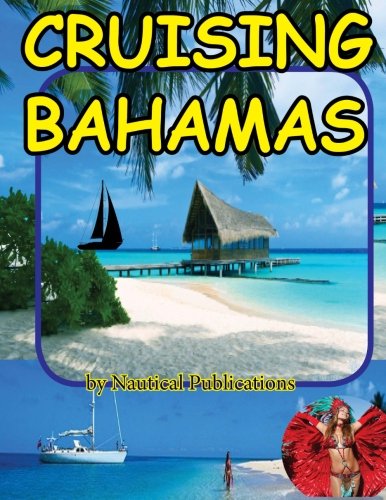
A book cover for Cruising Bahamas; Nautical Publications; Travel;